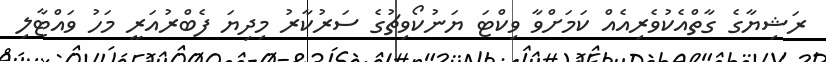
ރަޝިޔާގެ ގާތްއެކުވެރިއެއް ކަމަށްވާ ވިކްޓަ ޔަނުކޯވިޗުގެ ސަރުކާރު މިދިޔަ ފެބްރުއަރީ މަހު ވައްޓާލި